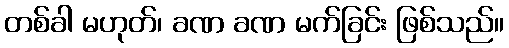
တစ်ခါ မဟုတ်၊ ခဏ ခဏ မက်ခြင်း ဖြစ်သည်။